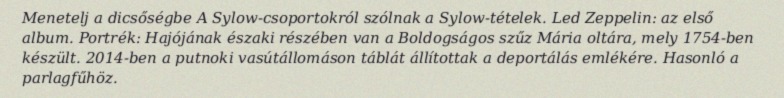
Menetelj a dicsőségbe A Sylow-csoportokról szólnak a Sylow-tételek. Led Zeppelin: az első album. Portrék: Hajójának északi részében van a Boldogságos szűz Mária oltára, mely 1754-ben készült. 2014-ben a putnoki vasútállomáson táblát állítottak a deportálás emlékére. Hasonló a parlagfűhöz.